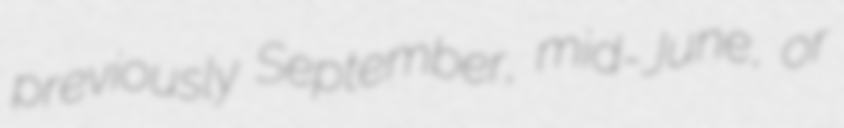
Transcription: previously September, mid-June, or